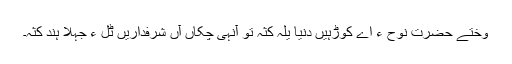
وختے حضرت نوحؑ ءَ اے کوڑہیں دنیا یلہ کثہ تو آنہی چکاں آں شرفداریں ٹُل ءِ جہلا ہند کثہ۔